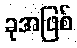
ခုအဖြစ်